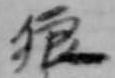
狼